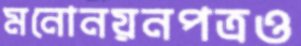
মনোনয়নপত্রও